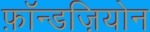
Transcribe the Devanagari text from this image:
फ़ॉन्डज़ियोन